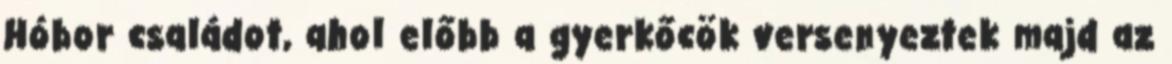
Hóbor családot, ahol előbb a gyerkőcök versenyeztek majd az